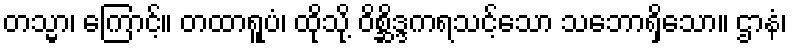
တသ္မာ၊ ကြောင့်။ တထာရူပံ၊ ထိုသို့ ဝိစ္ဆိဒ္ဒကရသင့်သော သဘောရှိသော။ ဌာနံ၊